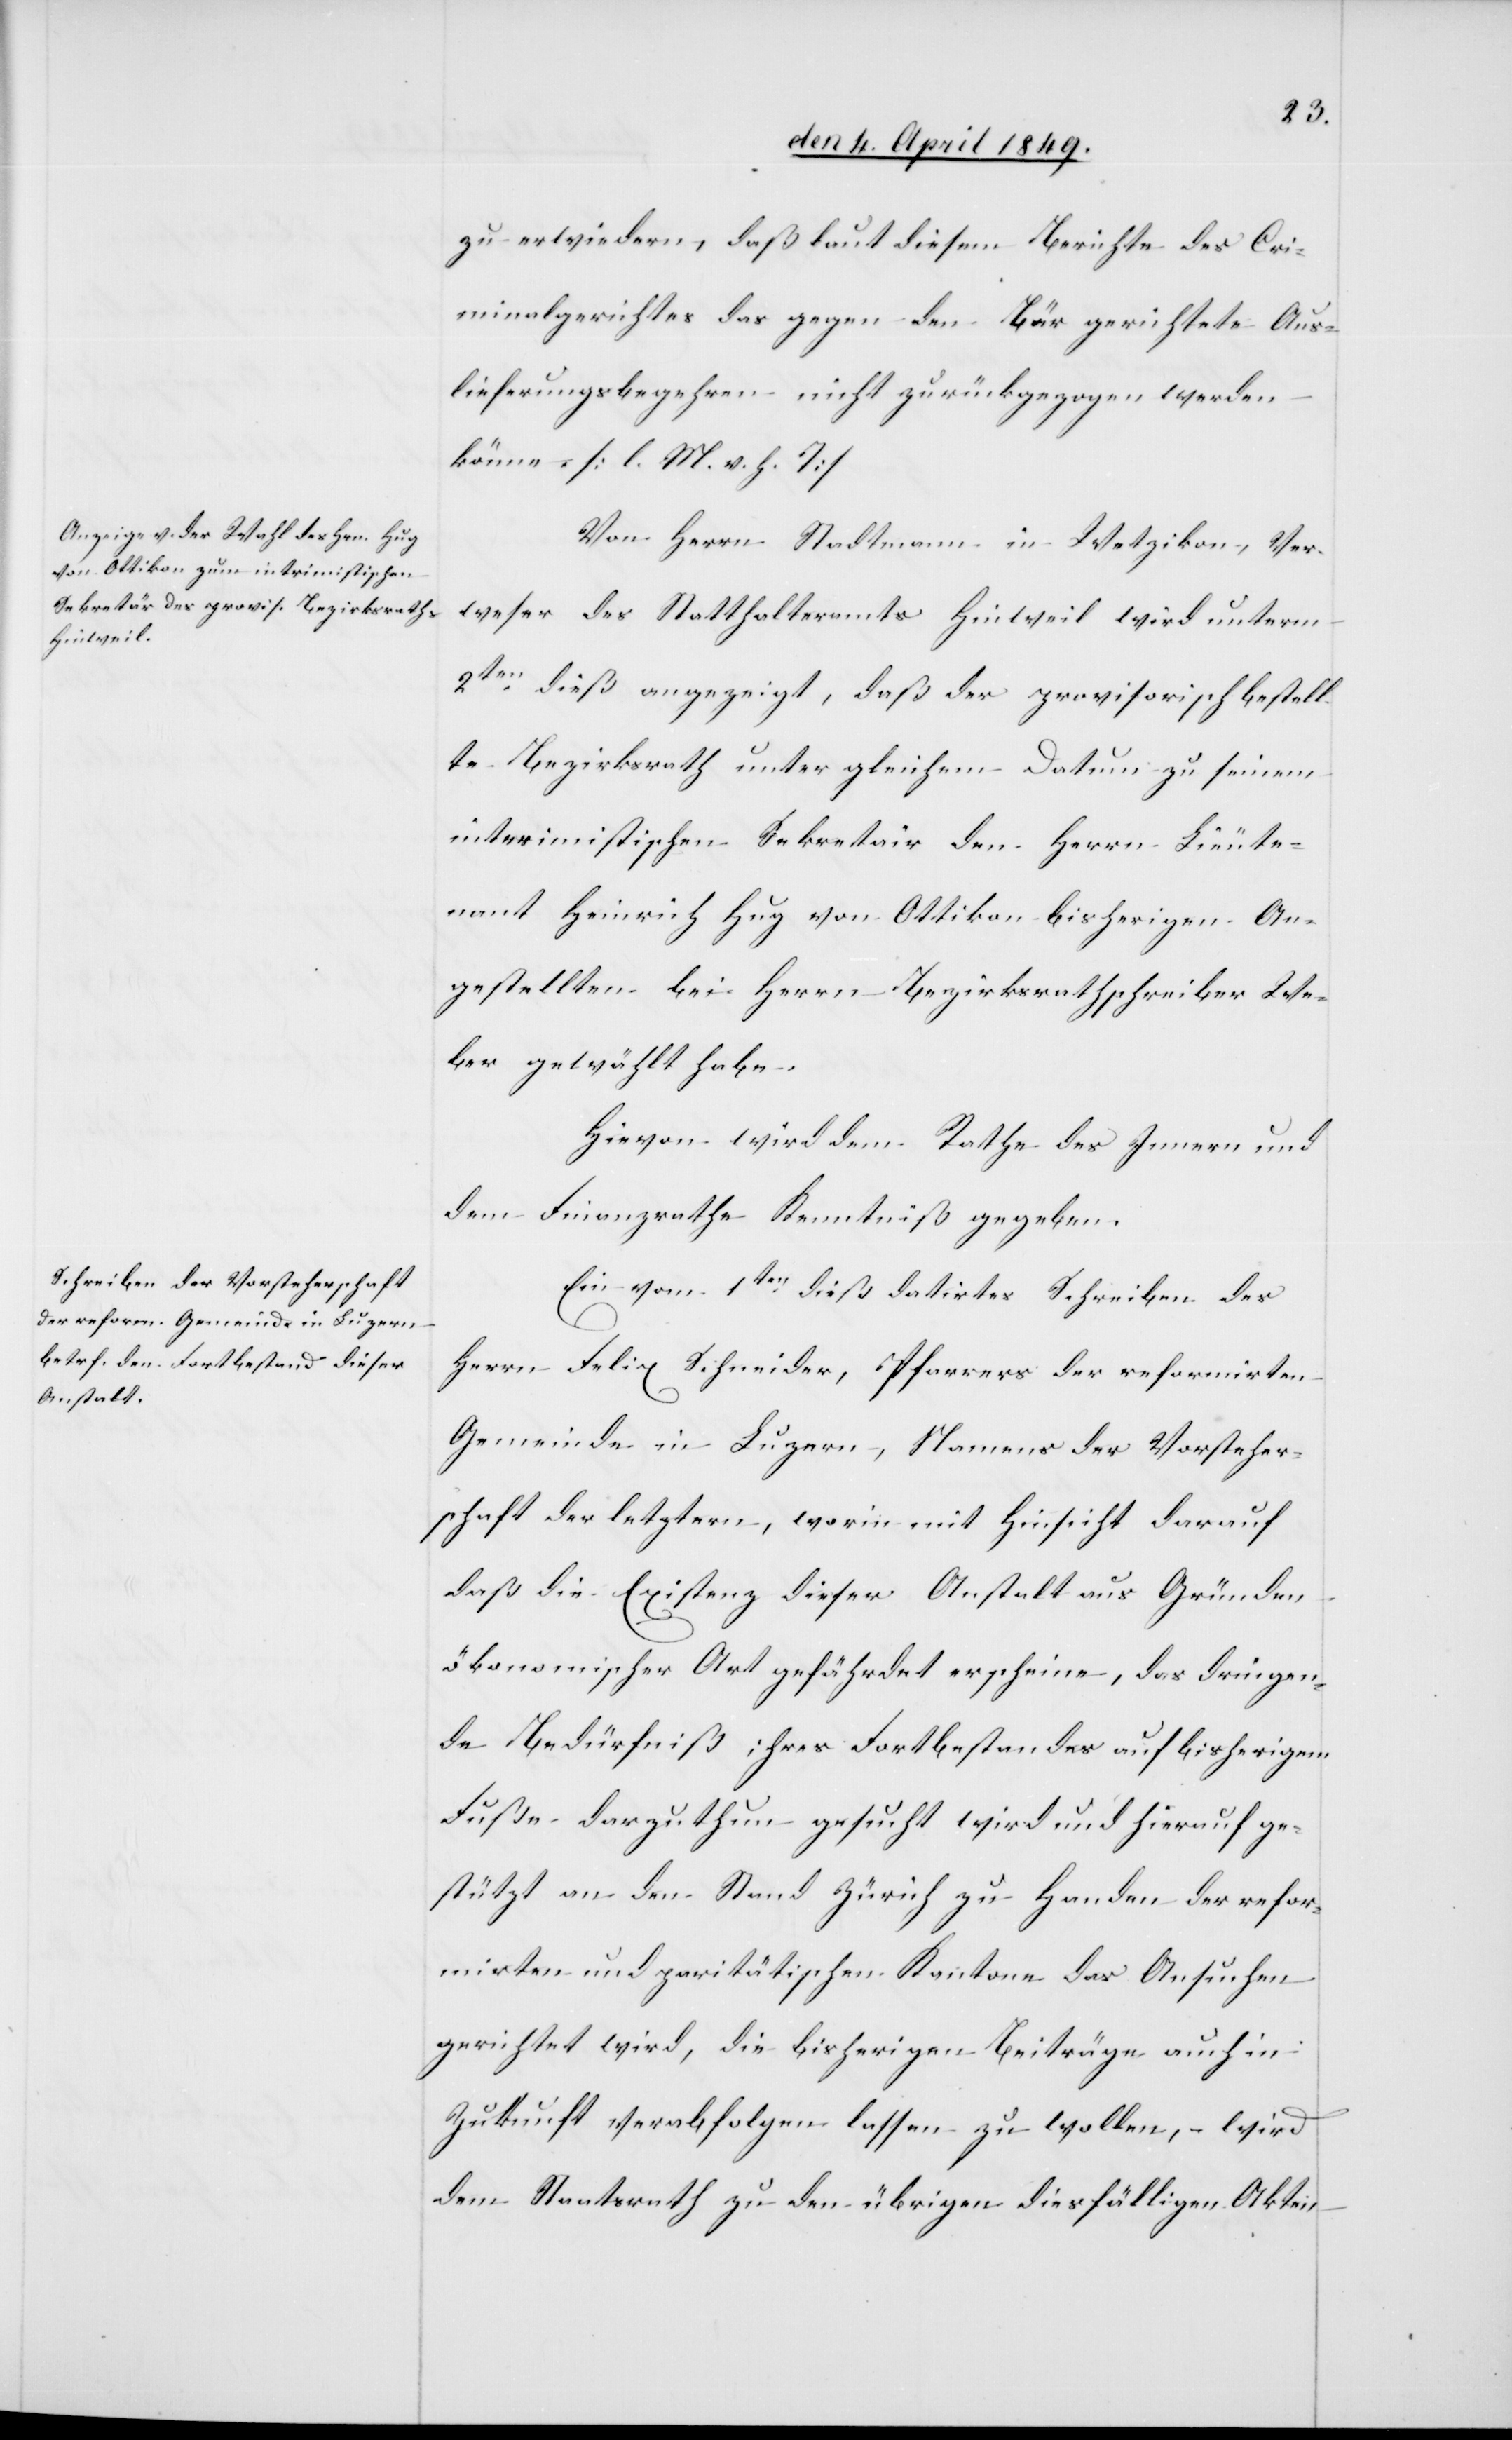
zu erwiedern, daß laut diesem Berichte des Cri¬
minalgerichtes das gegen den Bär gerichtete Aus¬
lieferungsbegehren nicht zurückgezogen werden
könne [l. M. h. T][.]
Von Herrn Stadtmann in Wetzikon, Ver¬
weser des Statthalteramtes Hinweil wird unterm
2ten dieß angezeigt, daß der provisorisch bestell¬
te Bezirksrath unter gleichem Datum zu seinem
interimistischen Sekretair den Herrn Lieute¬
nant Heinrich Hug von Ottikon bisherigen An¬
gestellten bei Herrn Bezirksrathsschreiber We¬
ber gewählt habe.
Hievon wird dem Rathe des Innern und
dem Finanzrathe Kenntniß gegeben.
Ein vom 1ten dieß datirtes Schreiben des
Herrn Felix Schneider, Pfarrers der reformirten
Gemeinde in Luzern, Namens der Vorsteher¬
schaft der letztern, worin mit Hinsicht darauf
daß die Existenz dieser Anstalt aus Gründen
ökonomischer Art gefährdet erscheine, das dringen¬
de Bedürfniß ihres Fortbestandes auf bisherigem
Fuße darzuthun gesucht wird und hierauf ge¬
stützt an den Stand Zürich zu Handen der refor¬
mirten und paritätischen Kantone das Ansuchen
gerichtet wird, die bisherigen Beiträge auch in
Zukunft verabfolgen lassen zu wollen, wird
dem Staatsrath zu den übrigen diesfälligen Akten